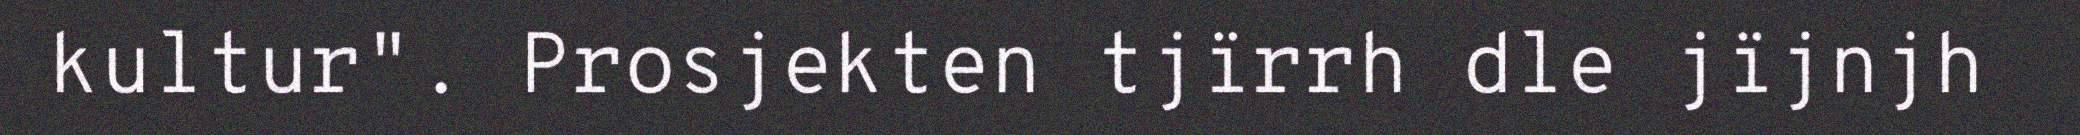
kultur". Prosjekten tjïrrh dle jïjnjh